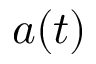
a ( t )